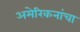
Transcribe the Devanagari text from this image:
अमेरिकनांचा